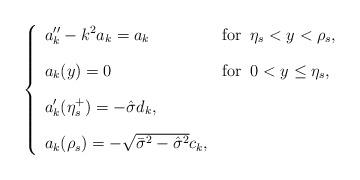
LaTeX: \begin{align*} \left\{ \begin{array}{ll} \displaystyle a_{k}''-k^2 a_{k}=a_{k} \qquad\, & \mbox{for}\;\; \eta_s< y <\rho_s,\\ [0.4 cm] a_k(y)=0 & \mbox{for}\;\; 0< y \le \eta_s,\\ [0.4 cm] \displaystyle a_k' (\eta_s^+)=-\hat\sigma d_k,\\ [0.4 cm] a_k(\rho_s)=-\sqrt{\bar\sigma^2-\hat\sigma^2}c_k, \end{array} \right.\end{align*}